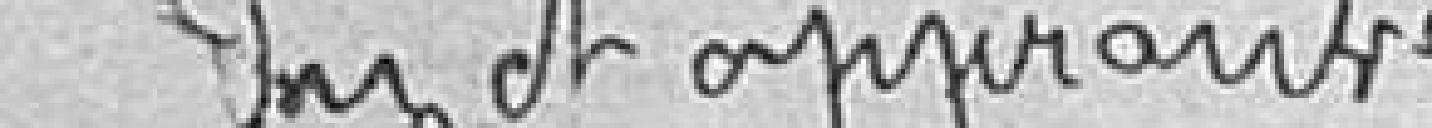
Lu et approuvé